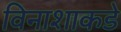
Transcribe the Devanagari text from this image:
विनाशाकडे